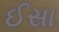
ઈસા